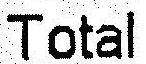
TOTAL